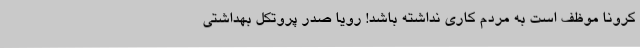
کرونا موظف است به مردم کاری نداشته باشد! رویا صدر پروتکل بهداشتی